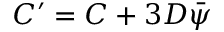
C ^ { \prime } = C + 3 D \bar { \psi }